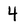
Character: 4